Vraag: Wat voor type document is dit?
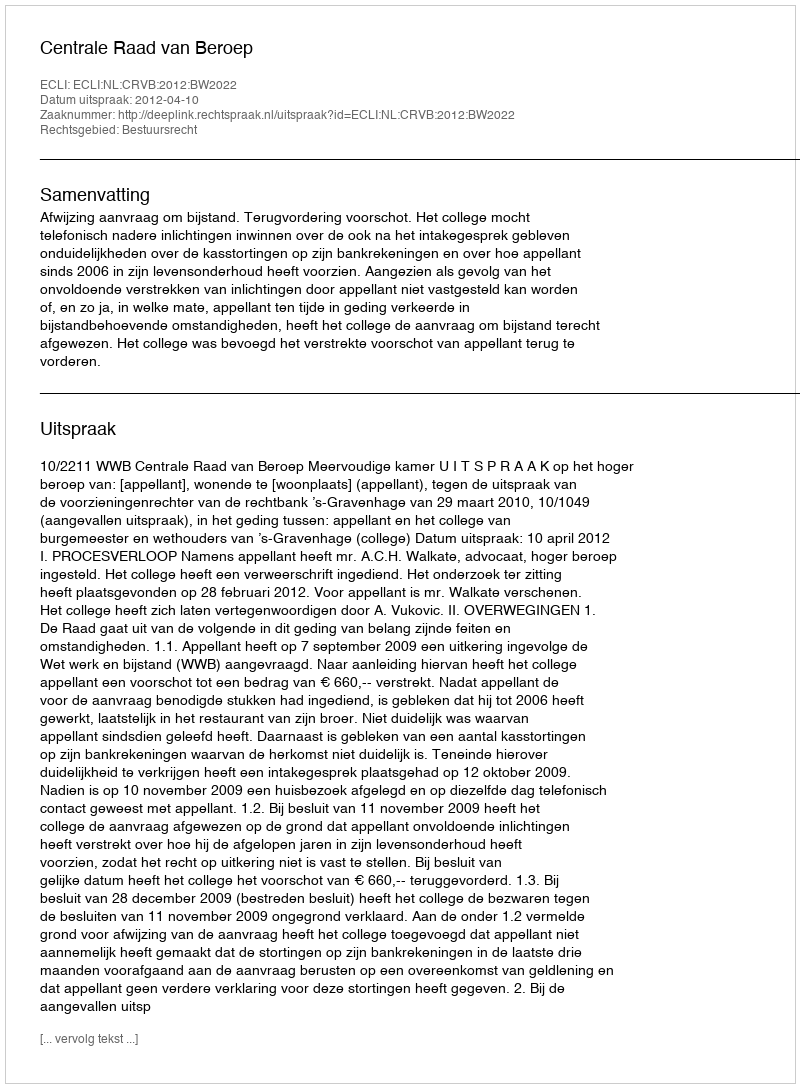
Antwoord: Uitspraak